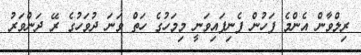
ރިލްވާން އެންމެ ފަހުން ފެނިފައިވަނީ މިމަހުގެ ހަތް ވަނަ ދުވަހުގެ ރޭ ދަންވަރު